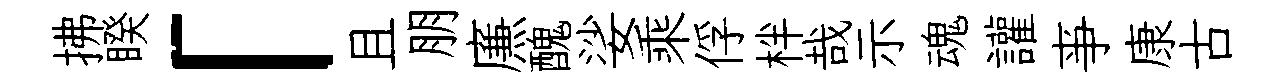
拂睽「且朋㢘醜娑乘俘柈哉示魂讙亊康古